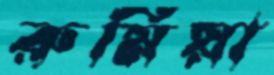
রুমিয়া